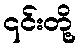
၎င်းတို့